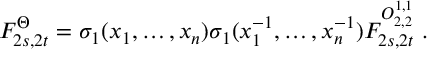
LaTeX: F _ { 2 s , 2 t } ^ { \Theta } = \sigma _ { 1 } ( x _ { 1 } , \ldots , x _ { n } ) \sigma _ { 1 } ( x _ { 1 } ^ { - 1 } , \ldots , x _ { n } ^ { - 1 } ) F _ { 2 s , 2 t } ^ { { \cal O } _ { 2 , 2 } ^ { 1 , 1 } } \, \, .